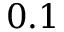
0 . 1